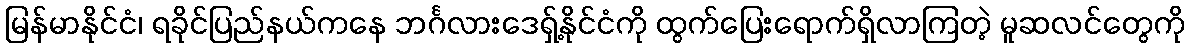
မြန်မာနိုင်ငံ၊ ရခိုင်ပြည်နယ်ကနေ ဘင်္ဂလားဒေရှ့်နိုင်ငံကို ထွက်ပြေးရောက်ရှိလာကြတဲ့ မူဆလင်တွေကို